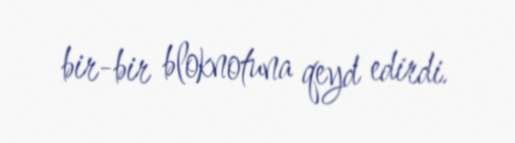
bir-bir bloknotuna qeyd edirdi.